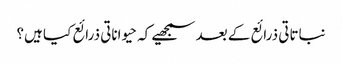
نباتاتی ذرائع کے بعد سمجھیے کہ حیواناتی ذرائع کیا ہیں؟